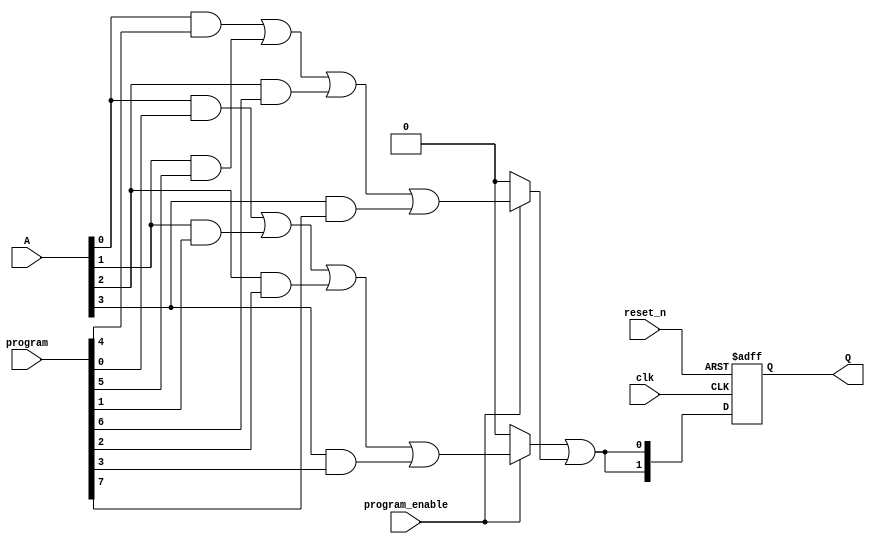
module RPAL #(
    parameter N = 4, // Number of inputs
    parameter M = 2  // Number of outputs (flip-flops)
)(
    input wire clk,                          // Clock input
    input wire reset_n,                      // Active low reset
    input wire [N-1:0] A,                   // Input signals
    input wire [M*N-1:0] program,           // Programming bits for AND array
    input wire program_enable,                // Enable switch for programming
    output reg [M-1:0] Q                    // Registered outputs
);

// Internal signals for AND and OR arrays
wire [M-1:0] and_outputs;                  // Outputs from AND array
wire [M-1:0] or_outputs;                   // Outputs from OR array

// Programmable AND Array
genvar i, j;
generate
    for (i = 0; i < M; i = i + 1) begin : and_block
        assign and_outputs[i] = 
            (program_enable) ? (A[0] & program[i*N + 0]) |
                               (A[1] & program[i*N + 1]) |
                               (A[2] & program[i*N + 2]) |
                               (A[3] & program[i*N + 3]) : 1'b0;
    end
endgenerate

// Fixed OR Array
assign or_outputs = or_logic(and_outputs);

// OR logic function
function [M-1:0] or_logic;
    input [M-1:0] and_outputs;
    begin
        or_logic[0] = and_outputs[0] | and_outputs[1]; // Example OR logic
        or_logic[1] = and_outputs[0] | and_outputs[1]; // Example OR logic
        // Add more logic as needed
    end
endfunction

// Flip-Flops to store output
always @(posedge clk or negedge reset_n) begin
    if (!reset_n) begin
        Q <= {M{1'b0}}; // Reset outputs
    end else begin
        Q <= or_outputs; // Store OR outputs in flip-flops
    end
end

endmodule